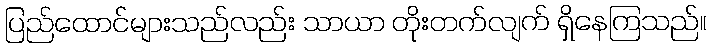
ပြည်ထောင်များသည်လည်း သာယာ တိုးတက်လျက် ရှိနေကြသည်။